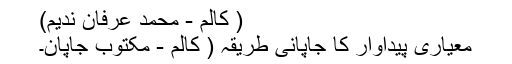
( کالم - محمد عرفان ندیم)
معیاری پیداوار کا جاپانی طریقہ ( کالم - مکتوبِ جاپان۔